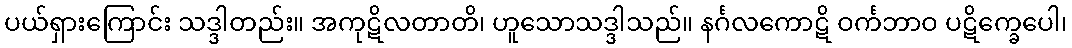
ပယ်ရှားကြောင်း သဒ္ဒါတည်း။ အကုဋိလတာတိ၊ ဟူသောသဒ္ဒါသည်။ နင်္ဂလကောဋိ ဝင်္ကဘာဝ ပဋိက္ခေပေါ၊